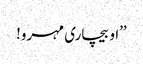
’’او بیچاری مہرو!